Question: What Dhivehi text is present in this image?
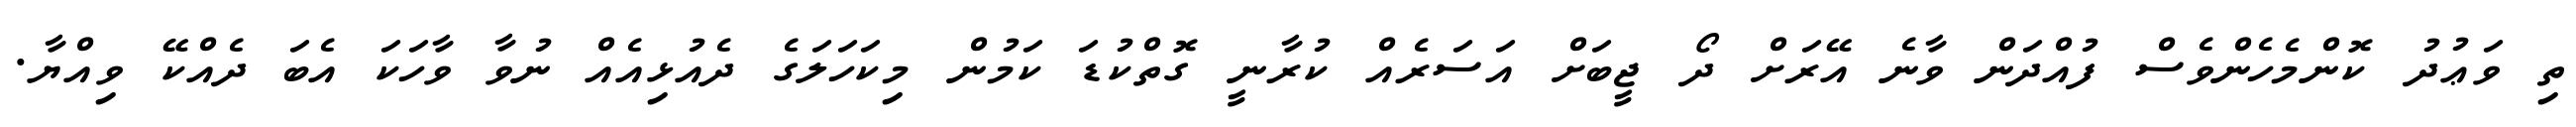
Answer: ތި ވަޢުދު ކޮންމެހެންވެސް ފުއްދަން ވާނެ އޭރަށް ދޯ ޖީބަށް އަސަރެއް ކުރާނީ ގޮތްކުޑަ ކަމުން މިކަހަލަގެ ދެއުޅިއެއް ނުވާ ވާހަކަ އެބަ ދެއްކޭ ވިއްޔާ.